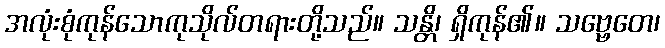
အလုံးစုံကုန်သောကုသိုလ်တရားတို့သည်။ သန္တိ၊ ရှိကုန်၏။ သဗ္ဗေတေ၊